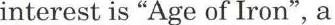
interest is "Age of Iron", a